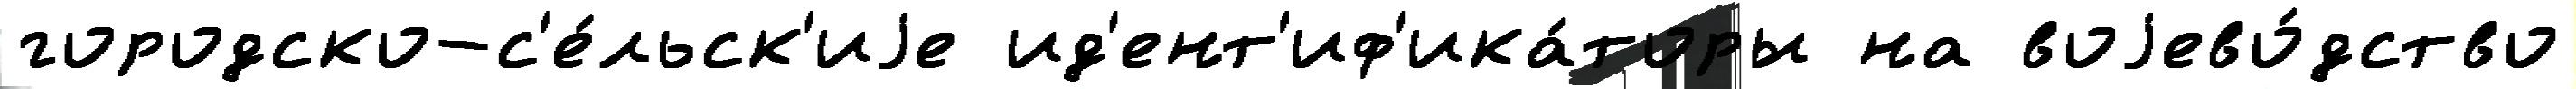
городско-с'е́льск'иjе ид'ент'иф'ика́торы на воjево́дство